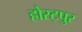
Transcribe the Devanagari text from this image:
होस्ट्पुर